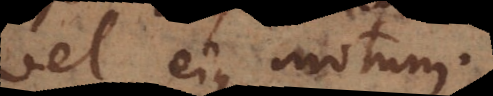
vel ejus motum.